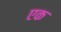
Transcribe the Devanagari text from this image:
एक